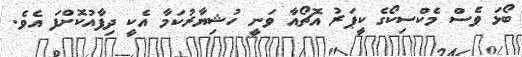
ބޯޅަ ވެސް މެކްސިކޯގެ ކީޕަރު އޮޗޯއާ ވަނީ ހުޝިޔާރުކަމާ އެކީ ދިފާއުކޮށްފަ އެވެ.